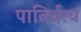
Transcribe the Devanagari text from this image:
पातिर्व्रत्य